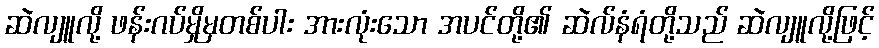
ဆဲလျူလို့ ဖန်းဂပ်မှိုမှတစ်ပါး အားလုံးသော အပင်တို့၏ ဆဲလ်နံရံတို့သည် ဆဲလျူလို့ဖြင့်